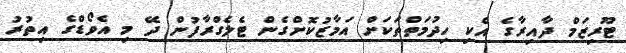
ޓޫރިޒަމް ދާއިރާގެ އެކި ހިދުމަތްތަކަށް އަމާޒުކޮށްގެން ޓެލެގްރާފުން ދޭ މި އެވޯޑްގެ އިތުރު